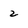
Character: 2